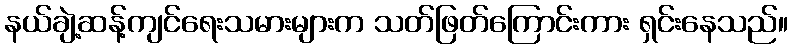
နယ်ချဲ့ဆန့်ကျင်ရေးသမားများက သတ်ဖြတ်ကြောင်းကား ရှင်းနေသည်။